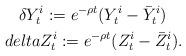
LaTeX: \begin{align*}\delta Y_t^i:=e^{-\rho t}(Y_t^{i}-\bar{Y}_t^{i})\ \ \ \\delta Z_t^i:=e^{-\rho t}(Z_t^{i}-\bar{Z}_t^{i}).\end{align*}